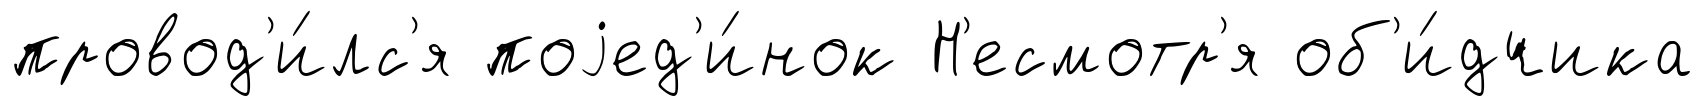
провод'и́лс'я поjед'и́нок Н'есмотр'я об'и́дчика